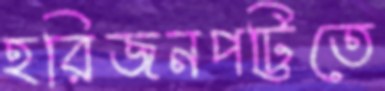
হরিজনপট্টিতে